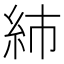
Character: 𥾧